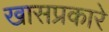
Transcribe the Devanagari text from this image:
खासप्रकारे